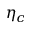
\eta _ { c }